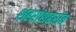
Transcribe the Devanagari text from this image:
शहरांशहरांत